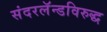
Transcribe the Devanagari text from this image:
संदरलॅन्डविरुद्ध